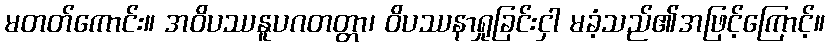
မတတ်ကောင်း။ အဝိပဿနူပဂတတ္တာ၊ ဝိပဿနာရှုခြင်းငှါ မခံ့သည်၏အဖြင့်ကြောင့်။